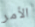
الأمر